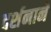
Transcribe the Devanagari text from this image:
दर्शनानें